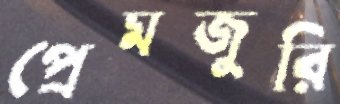
প্রেমজুরি